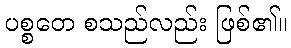
ပစ္စတေ စသည်လည်း ဖြစ်၏။